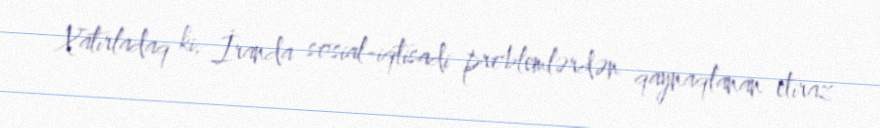
Xatırladaq ki, İranda sosial-iqtisadi problemlərdən qaynaqlanan etiraz